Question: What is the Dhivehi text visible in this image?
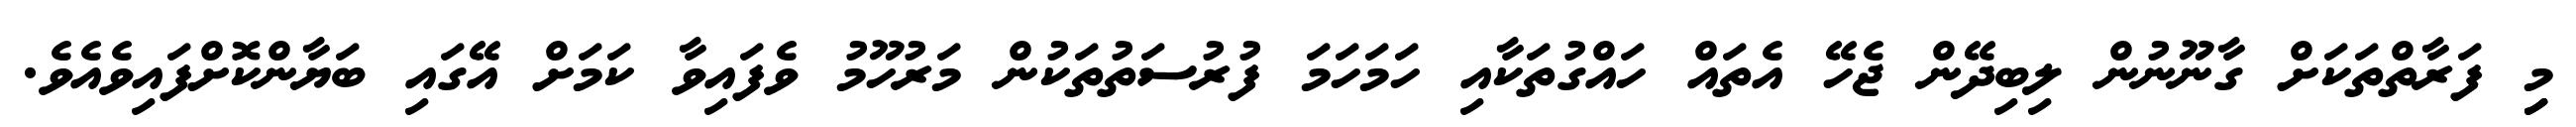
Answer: މިި ފަރާތްތަކަށް ގާނޫނުން ލިބިދޭން ޖެހޭ އެތައް ހައްގުތަކާއި ހަމަހަމަ ފުރުސަތުތަކުން މަރުހޫމު ވެފައިވާ ކަމަށް އޭގައި ބަޔާންކޮށްފައިވެއެވެ.